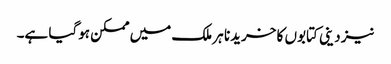
نیز دینی کتابوں کا خریدنا ہر ملک میں ممکن ہوگیا ہے۔